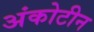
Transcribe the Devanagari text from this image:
अंकोटीन